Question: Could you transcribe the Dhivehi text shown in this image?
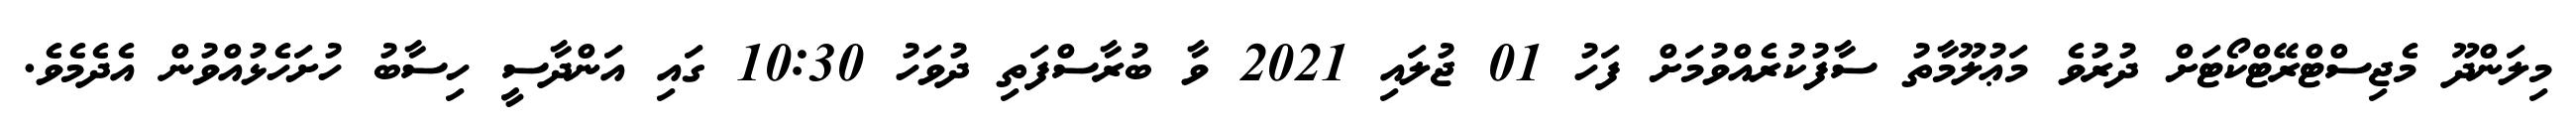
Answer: މިލަންދޫ މެޖިސްޓްރޭޓްކޯޓަށް ދުރުވެ މަޢުލޫމާތު ސާފުކުރެއްވުމަށް ފަހު 01 ޖުލައި 2021 ވާ ބުރާސްފަތި ދުވަހު 10:30 ގައި އަންދާސީ ހިސާބު ހުށަހެޅުއްވުން އެދެމެވެ.